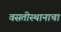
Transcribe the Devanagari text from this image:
वसतीस्थानाचा